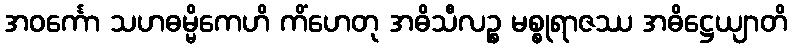
အဝင်္ကော သဟဓမ္မိကေဟိ ကိံဟေတု အဓိသီလဉ္စ မစ္စုရာဇဿ အဓိဋ္ဌေယျာတိ